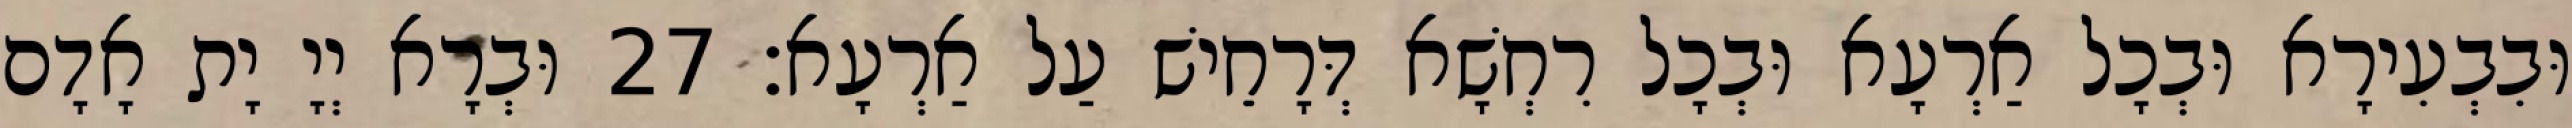
וּבִבְעִירָא וּבְכָל אַרְעָא וּבְכָל רִחְשָׁא דְּרָחֵישׁ עַל אַרְעָא׃ 27 וּבְרָא יְיָ יָת אָדָם